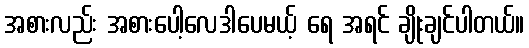
အစားလည်း အစားပေါ့လေဒါပေမယ့် ရေ အရင် ချိုးချင်ပါတယ်။